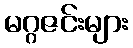
မဂ္ဂဇင်းများ